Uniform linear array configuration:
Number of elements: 16
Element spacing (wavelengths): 0.25
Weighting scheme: hann
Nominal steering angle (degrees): -30
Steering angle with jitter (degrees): -30.903
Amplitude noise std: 0.05
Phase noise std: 0.05

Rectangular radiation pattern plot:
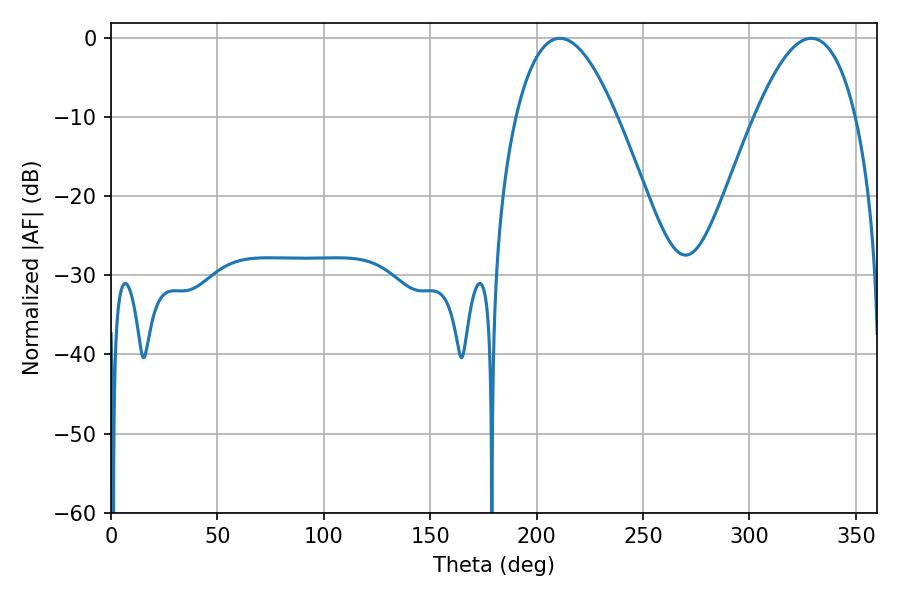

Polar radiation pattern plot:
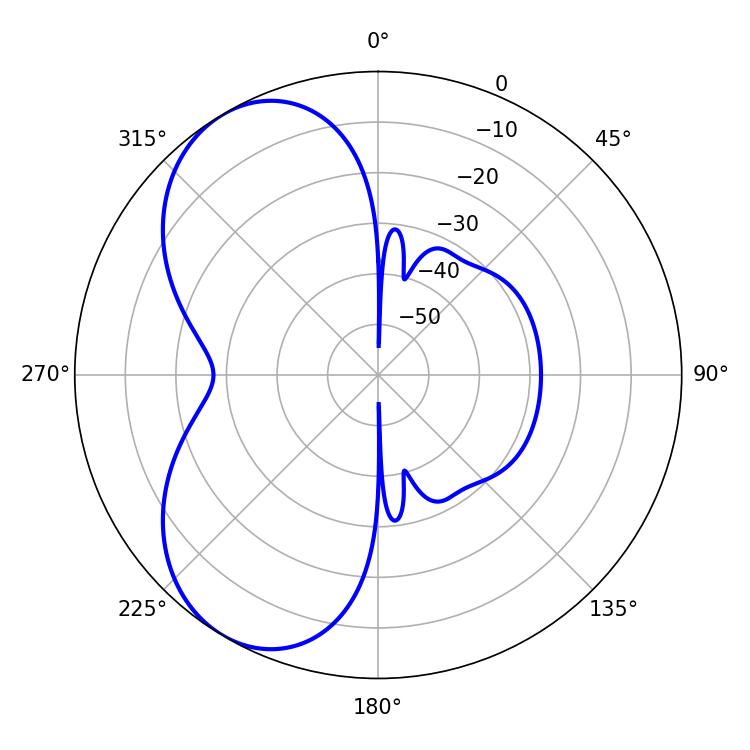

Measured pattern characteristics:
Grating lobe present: FALSE
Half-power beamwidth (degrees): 25.92
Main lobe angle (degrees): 210.96